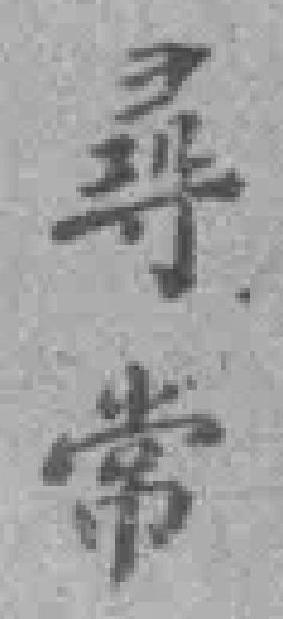
尋常